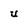
Character: u